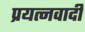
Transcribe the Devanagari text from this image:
प्रयत्नवादी